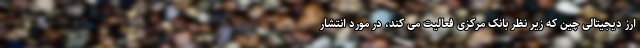
ارز دیجیتالی چین که زیر نظر بانک مرکزی فعالیت می کند، در مورد انتشار